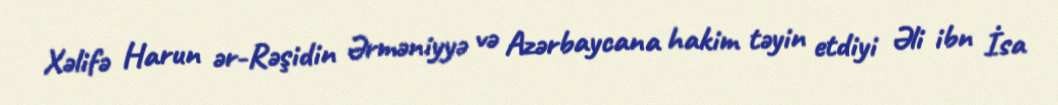
Xəlifə Harun ər-Rəşidin Ərməniyyə və Azərbaycana hakim təyin etdiyi Əli ibn İsa